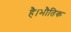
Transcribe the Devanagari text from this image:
है।भौतिक